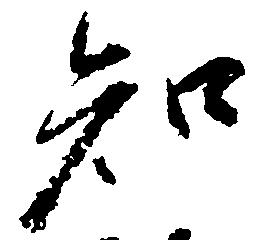
知